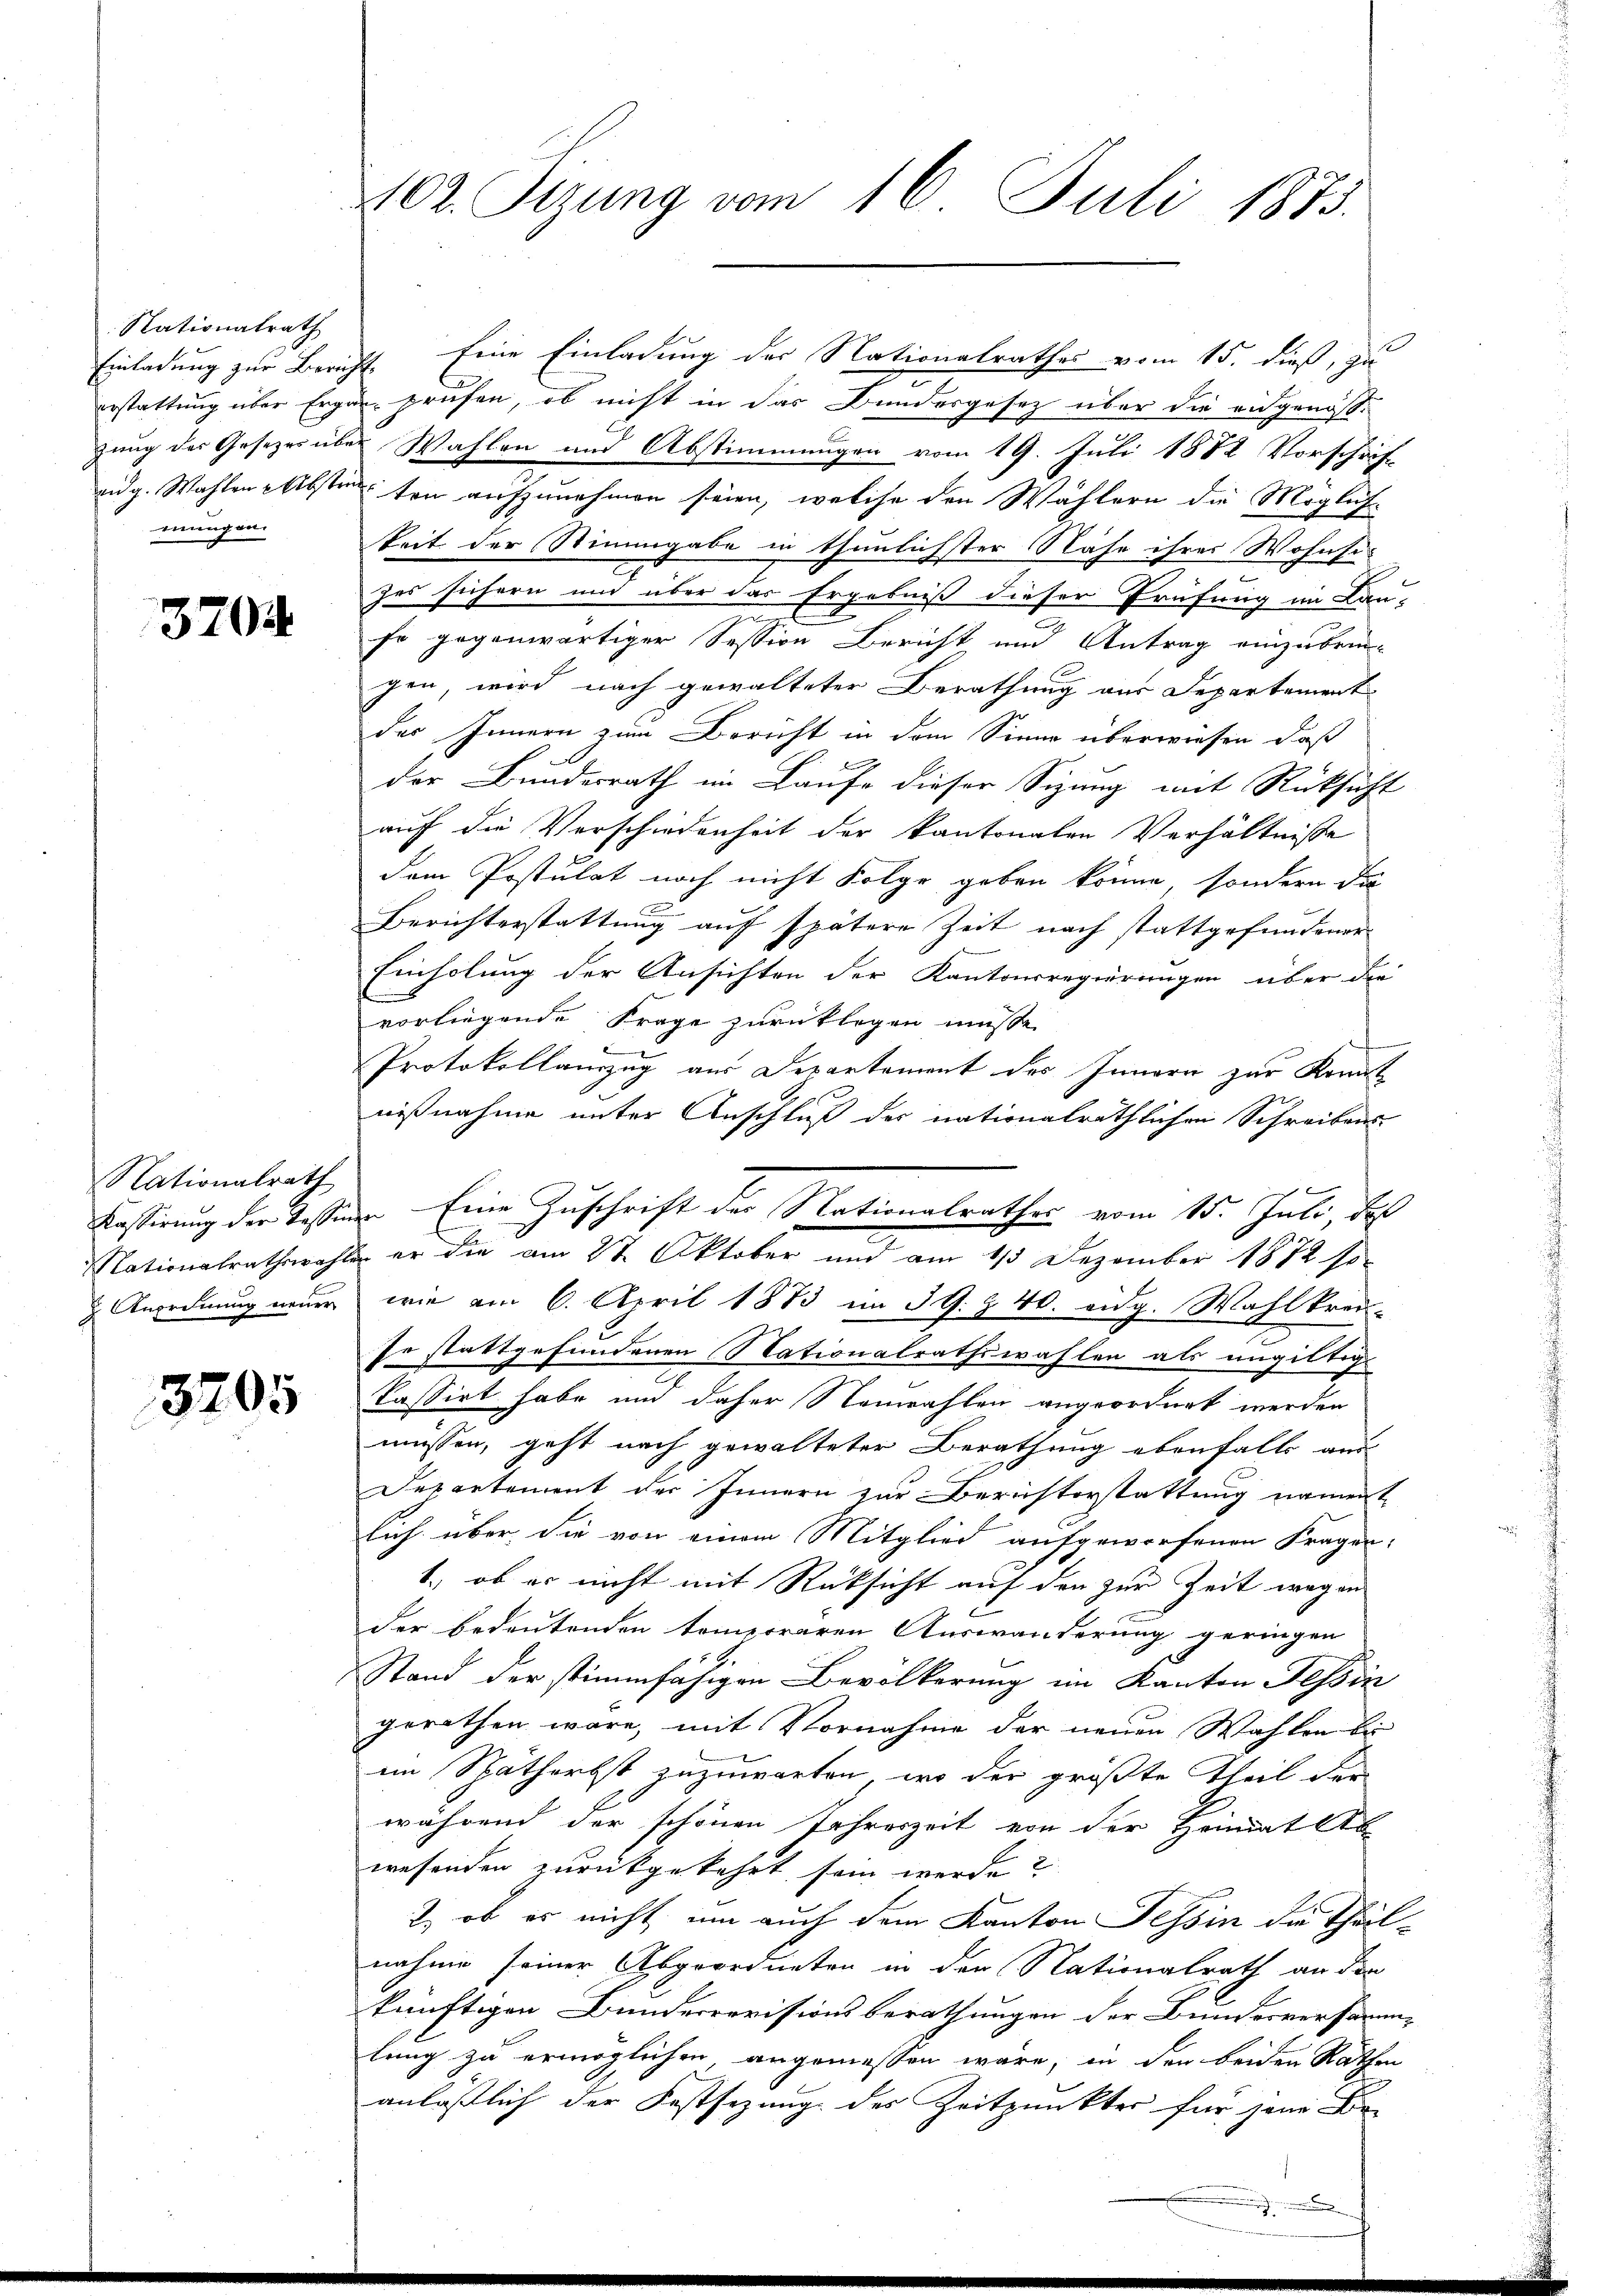
Nationalrath
mungen.

3704

Nationalrath
 Anordnung einer

3205

402. Sizung vom 16. Juli 1873.

Einladung zur Bericht. Eine Einladung der Nationalrathes vom 15. dieß, zu
erstattung über Ergen prüfen, ob nicht in das Bundesgesetz über die eidgenöszung der Gesezes über Wahlen und Abstimmungen vom 19. Juli 1882 Vorschrift
eidg. Wahlen Abstinten aufzunehmen seien, welche den Wählern die Mögliche
keit der Stimmgabe in thunlichster Nähe ihrer Wohnse-
zes sichern und über das Ergebniß dieser Prüfung im Lau-
fe gegenwärtiger Session Bericht und Antrag einzubrin-
gen, wird nach gewalteter Berathung aus Departement
des Innern zum Bericht in dem Sinne überwiesen, daß
.
der Bundesrath im Laufe dieser Sizung mit Rücksicht
auf die Verschiedenheit der kantonalen Verhältnisse
dem Postulat noch nicht Folge geben könne, sondern die
x
Berichterstattung auf spätere Zeit nach stattgefundener
Einholung der Ansichten der Kantonsregierungen über die
vorliegende Frage zurücklegen müsse.
Protokollauszug aus Departement des Innern zur Konnt
nißnahme unter Anschluß der nationalräthlichen Schreibenswie am 6. April 1873 im 39. Z. 40. eidg. Wahlkreis-
Er stattgefundenen Nationalrathswahlen als ungültige
kassirt habe und daher Neuwahlen angeordnet werden
müssen, geht nach gewalteter Berathung ebenfalls aus
Departement der Innern zur Berusterstattung nament
lich über die von einem Mitglied aufgeworfenen Fragen:
1., ob er nicht mit Rücksicht auf den zur Zeit wegen
der bedeutenden temporären Auswanderung geringen
Stand der stimmfähigen Bevölkerung im Kanton Tessin
gerathen wäre, mit Vornahme der neuen Wahlen bei
im Spätherbst zuzuwarten, wo der größte Theil der
während der schönen Jahreszeit von der Heimatlte
wesenden zurückgekehrt sein werde?
2., ob es nicht um auch dem Kanton Tessin die Theilnahme seiner Abgeordneten in der Nationalrath an den
künftigen Bunderrevisionsberathungen der Bundesversamm-
lung zu ermöglichen angemessen wäre, in den beiden Rathen
anlässlich der Festsezung des Zeitpunkter für jene De-

Passirung der Tessinen Eine Zuschrift der Nationalrathes vom 15. Juli, de
Nationalrathswahlen er die am 27. Oktober und am 13 Dezember 1872 so-